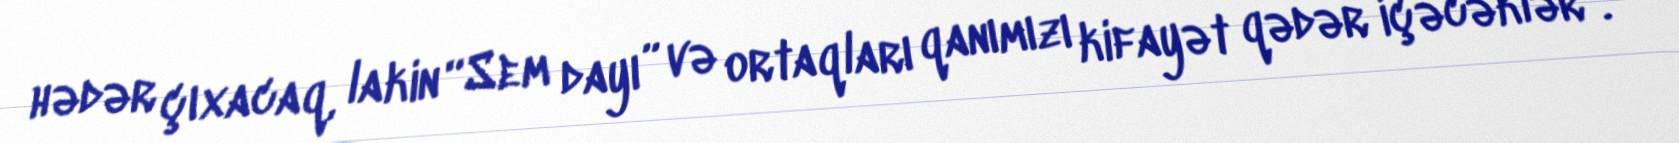
hədər çıxacaq, lakin “Sem dayı” və ortaqları qanımızı kifayət qədər içəcəklər".